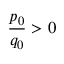
{ \frac { p _ { 0 } } { q _ { 0 } } } > 0